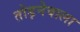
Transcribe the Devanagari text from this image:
तोड़नेवाला